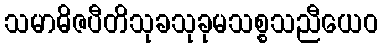
သမာဓိဇပီတိသုခသုခုမသစ္စသညီယေဝ